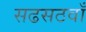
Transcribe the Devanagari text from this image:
सढसठवाँ